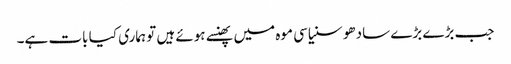
جب بڑے بڑے سادھو سنیاسی موہ میں پھنسے ہوئے ہیں تو ہماری کیا بات ہے۔